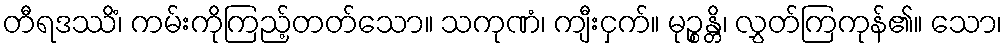
တီရဒဿိံ၊ ကမ်းကိုကြည့်တတ်သော။ သကုဏံ၊ ကျီးငှက်။ မုဉ္စန္တိ၊ လွှတ်ကြကုန်၏။ သော၊